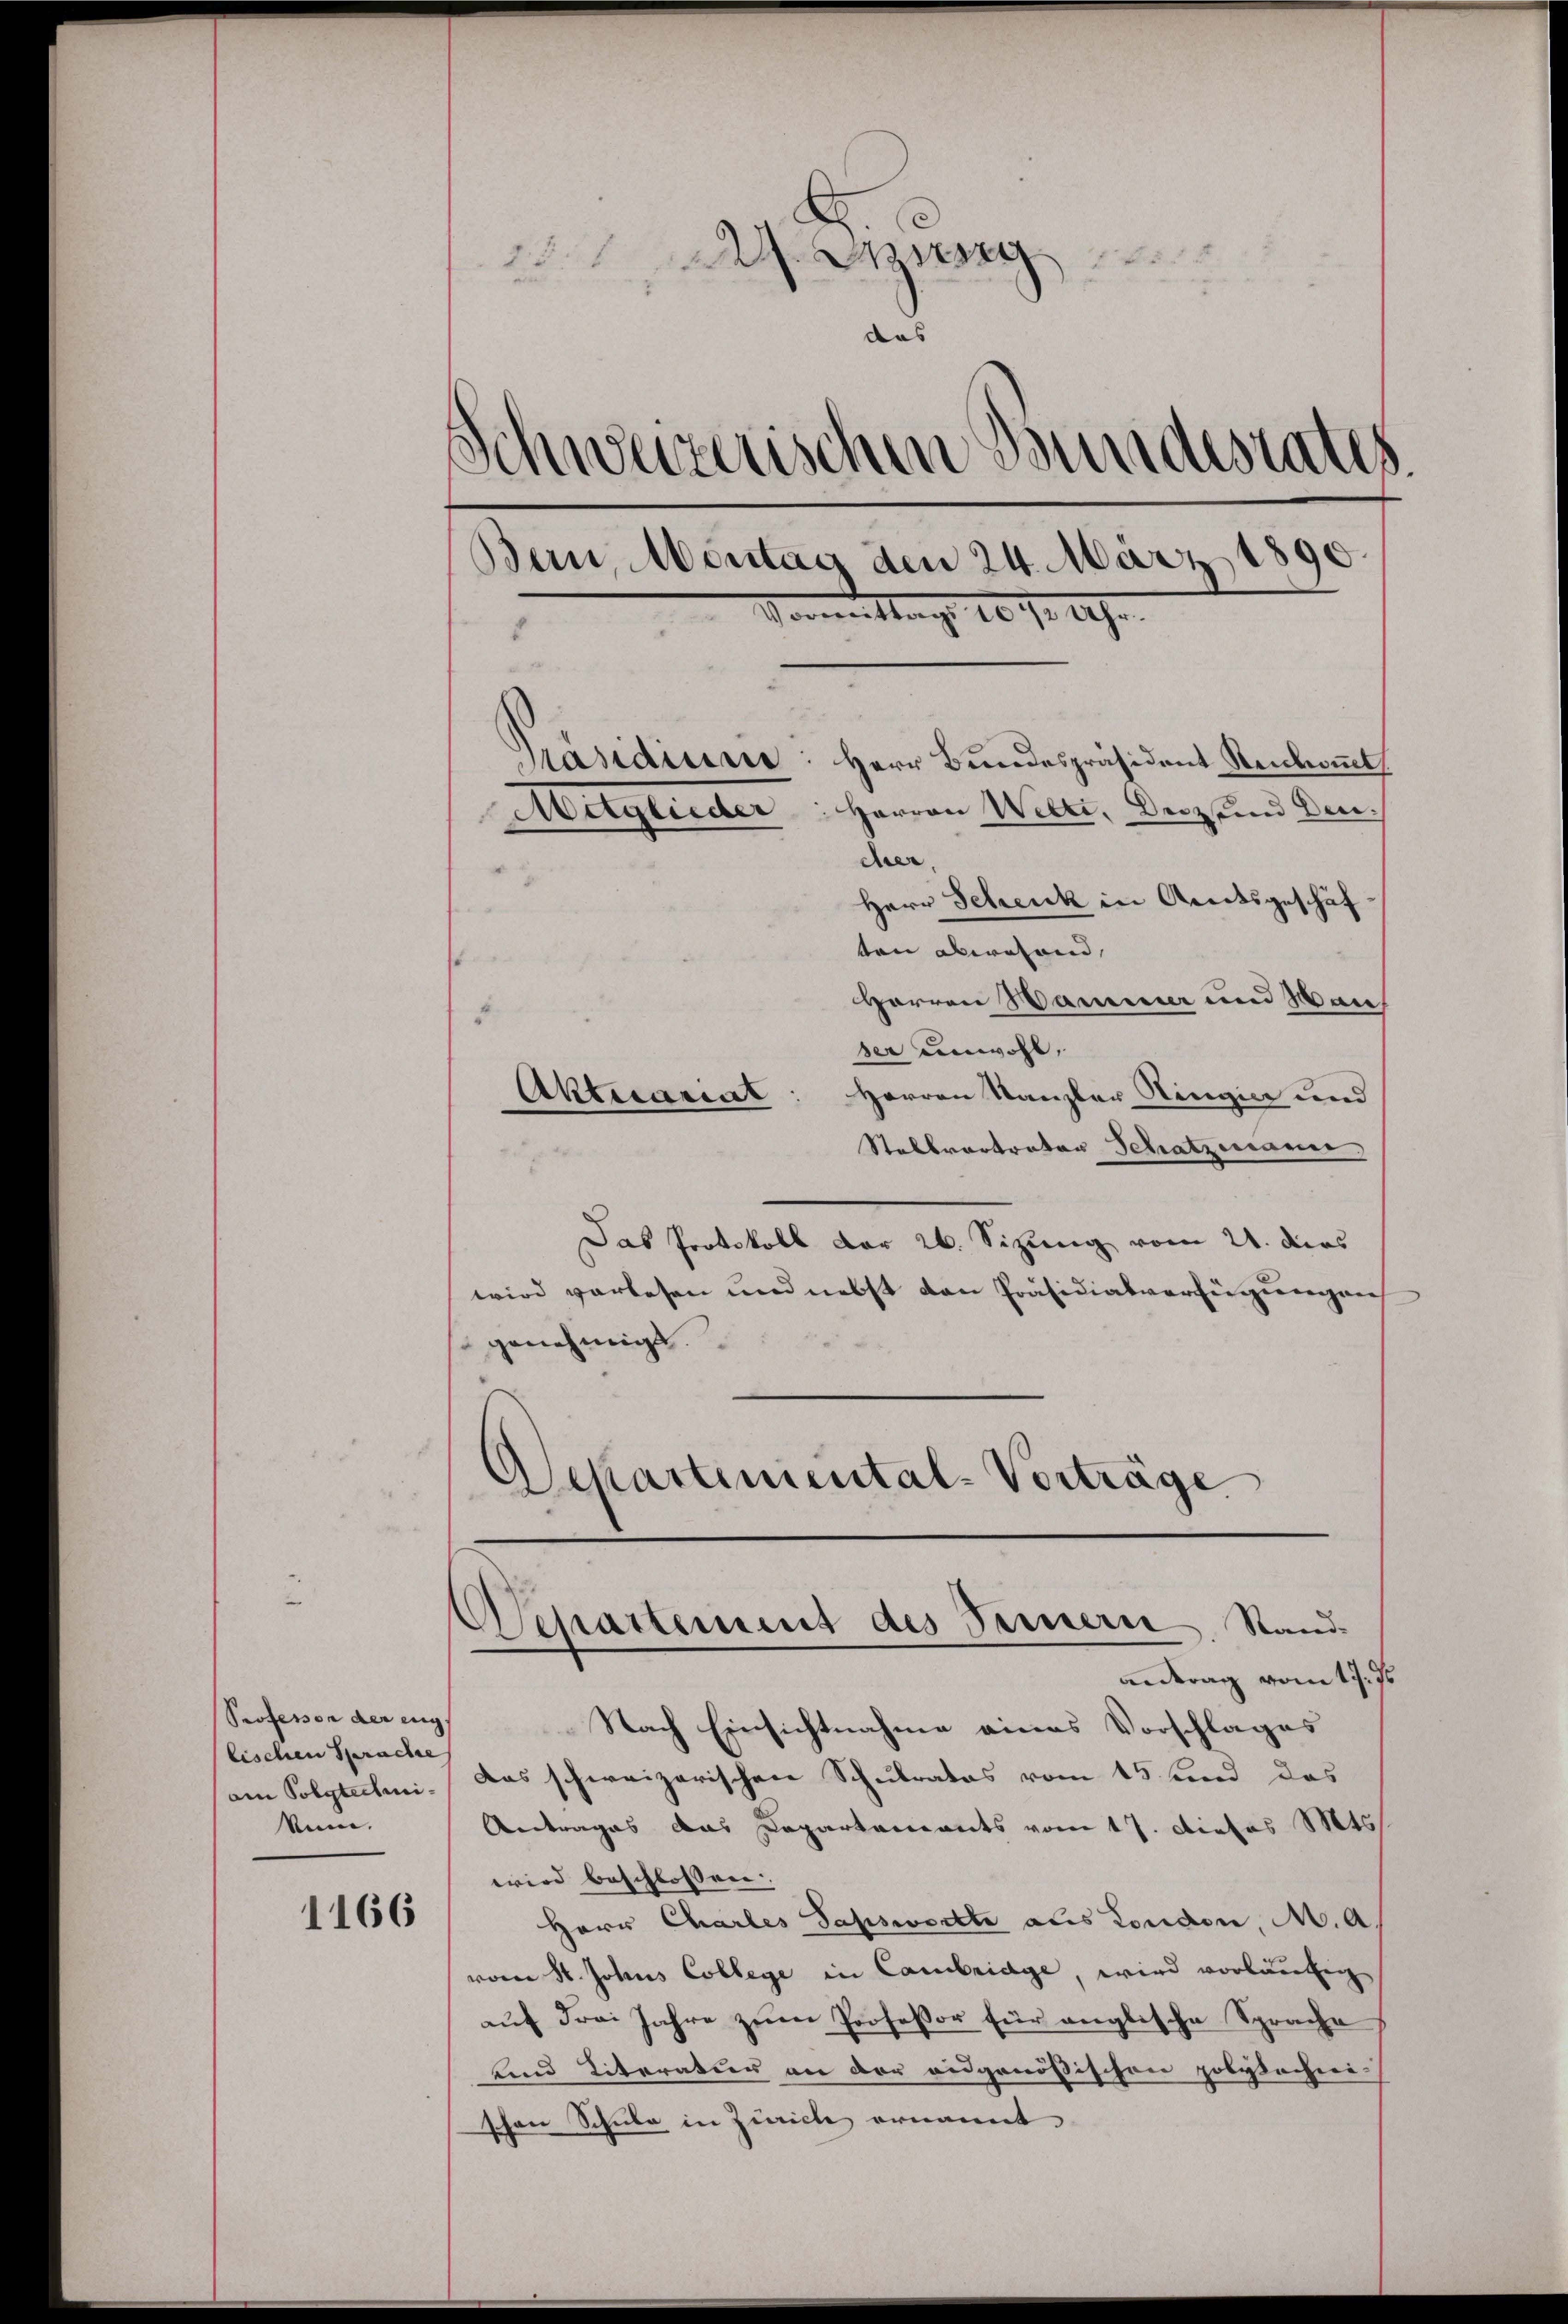
Professor der eng.
lischen Sprache
am Polytechni
Min.

1166

zeg
das
¬
Schweizerischen Bundesrates.
Bern, Montag den 24. März 1890.
Veranstag 10 1/2 109.
Präsidium
Herr Bundespräsident Reikommt
Aeglieder: Herren Welti. Deszend Deu
der

Herr Schenk in Areitsgeschäf
ten abwesend,
Herren Hammer und Wai
ser unwohl,
Herren Kanzler Hingier und
Stabbrantrator Schatzmann,
Das Protokoll der 26. Sizung vom 21. dies
wird vorlesen und nebst den Präsidialverfügungen
genehmigt.
Departemental-Vorträge

Aktecariat

Separtement des Fernern, Sandantrag vom 19. ds.

Nach Einsichtnahme eines Vorschlages
Das schweizerischen Schulrates vom 15. und das
Antrages das Departements vom 17. Dieses St
wird beschlossen.
Herr Chartes Sassworte aus London, M. A.
vom St. Johns College in Cambridge, wird vorläufig
auf Frai Jahre zum Professor für anglische Sprache
unnd Literatur an der eidgenößischen polytechnei-
schon Schule in Zürich ernannt